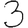
Digit: 3